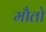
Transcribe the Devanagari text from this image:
मौतो